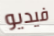
فيديو